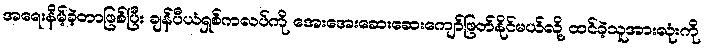
အရေးနိမ့်ခဲ့တာဖြစ်ပြီး ချန်ပီယံရှစ်ကလပ်ကို အေးအေးဆေးဆေးကျော်ဖြတ်နိုင်မယ်လို့ ထင်ခဲ့သူအားလုံးကို